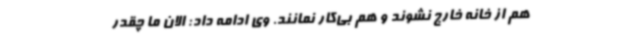
هم از خانه خارج نشوند و هم بی‌کار نمانند. وی ادامه داد: الان ما چقدر